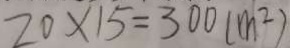
2 0 \times 1 5 = 3 0 0 ( m ^ { 2 } )